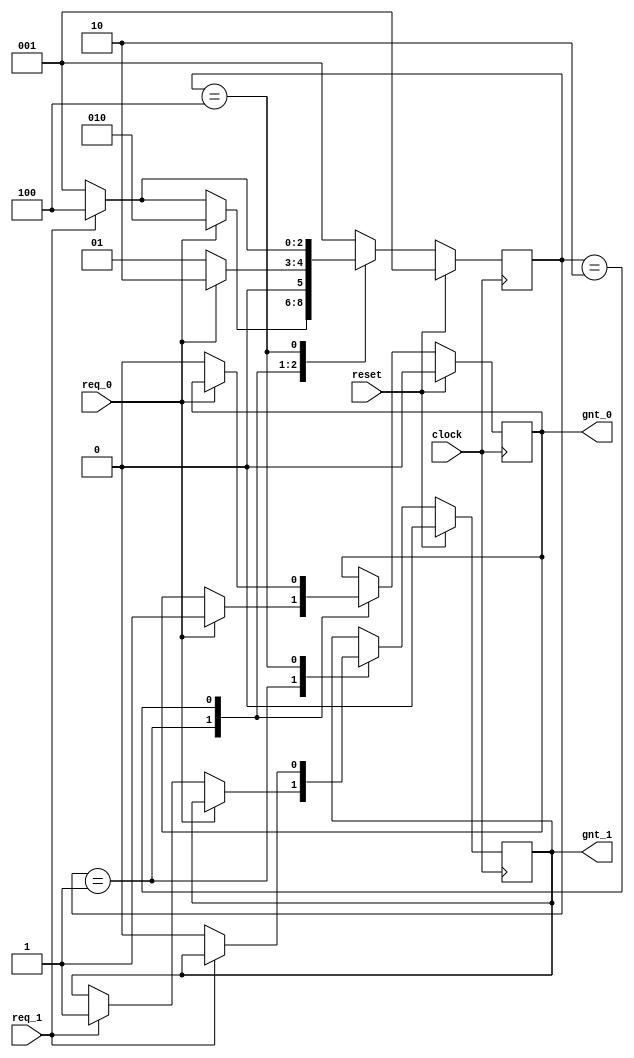
//====================================================
// This is FSM demo program using single always
// for both seq and combo logic
// Design Name : fsm_using_single_always
//=====================================================
module fsm_using_single_always (
clock      , // clock
reset      , // Active high, syn reset
req_0      , // Request 0
req_1      , // Request 1
gnt_0      , // Grant 0
gnt_1      
);
//=============Input Ports=============================
input   clock,reset,req_0,req_1;
 //=============Output Ports===========================
output  gnt_0,gnt_1;
//=============Input ports Data Type===================
wire    clock,reset,req_0,req_1;
//=============Output Ports Data Type==================
reg     gnt_0,gnt_1;
//=============Internal Constants======================
parameter SIZE = 3           ;
parameter IDLE  = 3'b001,GNT0 = 3'b010,GNT1 = 3'b100 ;
//=============Internal Variables======================
reg   [SIZE-1:0]          state        ;// Seq part of the FSM
reg   [SIZE-1:0]          next_state   ;// combo part of FSM
//==========Code startes Here==========================
always @ (posedge clock)
begin : FSM
if (reset == 1'b1) begin
  state <= #1 IDLE;
  gnt_0 <= 0;
  gnt_1 <= 0;
end else
 case(state)
   IDLE : if (req_0 == 1'b1) begin
                state <= #1 GNT0;
                gnt_0 <= 1;
              end else if (req_1 == 1'b1) begin
                gnt_1 <= 1;
                state <= #1 GNT1;
              end else begin
                state <= #1 IDLE;
              end
   GNT0 : if (req_0 == 1'b1) begin
                state <= #1 GNT0;
              end else begin
                gnt_0 <= 0;
                state <= #1 IDLE;
              end
   GNT1 : if (req_1 == 1'b1) begin
                state <= #1 GNT1;
              end else begin
                gnt_1 <= 0;
                state <= #1 IDLE;
              end
   default : state <= #1 IDLE;
endcase
end

endmodule // End of Module arbiter